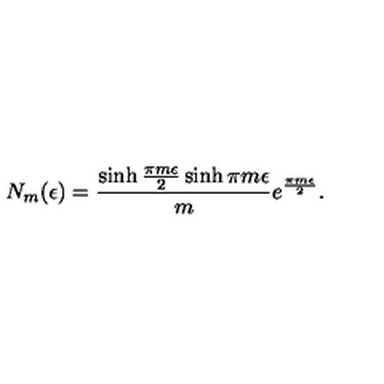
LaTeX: N _ { m } ( \epsilon ) = { \frac { \sinh { \frac { \pi m \epsilon } { 2 } } \sinh \pi m \epsilon } { m } } e ^ { \frac { \pi m \epsilon } { 2 } } .